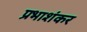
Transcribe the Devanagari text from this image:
प्रभाशंकर